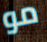
مو